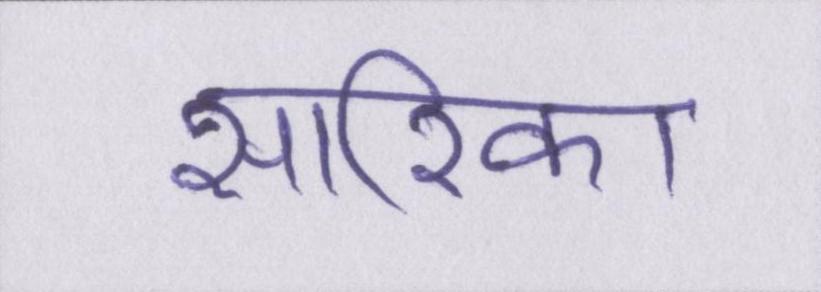
सारिका